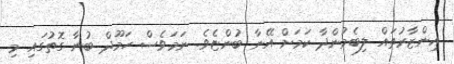
އިންޒާރުތައް ލިބެމުންދާ ކަމަށް އޭނާ ބުންޏެވެ. ނަމަވެސް ހަމޫދް ބުނާ ގޮތުގައި މި